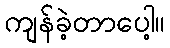
ကျန်ခဲ့တာပေါ့။